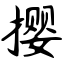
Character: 撄